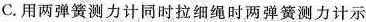
C.用两弹簧测力计同时拉细绳时两弹簧测力计示